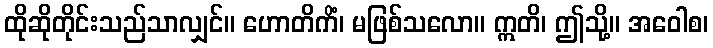
ထိုဆိုတိုင်းသည်သာလျှင်။ ဟောတိကိံ၊ မဖြစ်သလော။ ဣတိ၊ ဤသို့။ အဝေါစ၊